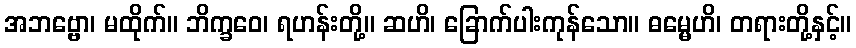
အဘဗ္ဗော၊ မထိုက်။ ဘိက္ခဝေ၊ ရဟန်းတို့။ ဆဟိ၊ ခြောက်ပါးကုန်သော။ ဓမ္မေဟိ၊ တရားတို့နှင့်။